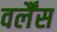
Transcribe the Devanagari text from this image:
वर्लैंस